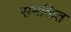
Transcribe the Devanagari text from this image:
समकित